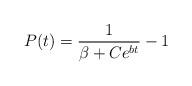
LaTeX: \begin{align*}P(t)=\frac{1}{\beta + Ce^{bt}} - 1\end{align*}